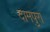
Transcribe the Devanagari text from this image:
दामपुरा